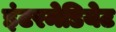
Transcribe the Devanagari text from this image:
इंटरमेडियेट